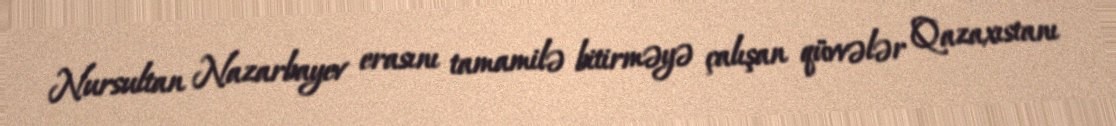
Nursultan Nazarbayev erasını tamamilə bitirməyə çalışan qüvvələr Qazaxıstanı